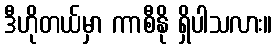
ဒီဟိုတယ်မှာ ကာစီနို ရှိပါသလား။